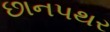
છાનપથર